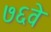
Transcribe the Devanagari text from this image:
७६वे